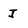
Character: J